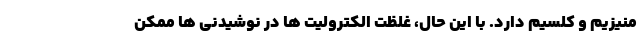
منیزیم و کلسیم دارد. با این حال، غلظت الکترولیت ها در نوشیدنی ها ممکن